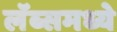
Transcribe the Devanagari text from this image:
लॅब्समध्ये